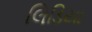
લિડિયા